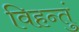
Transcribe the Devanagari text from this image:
विहन्तुं